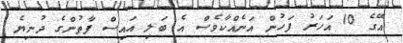
އޭގެ 10 އަހަރު ފަހުން އަނެއްކާވެސް އެ ބަލި އައިސް ފާތުންގެ ދުނިޔެ